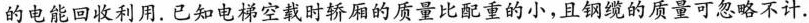
的电能回收利用. 已知电梯空载时轿厢的质量比配重的小，且钢缆的质量可忽略不计.